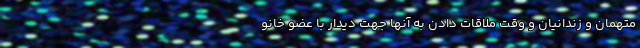
متهمان و زندانیان و وقت ملاقات دادن به آنها جهت دیدار با عضو خانو